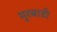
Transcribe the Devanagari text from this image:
मुरबाडी